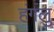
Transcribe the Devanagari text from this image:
हंगलु